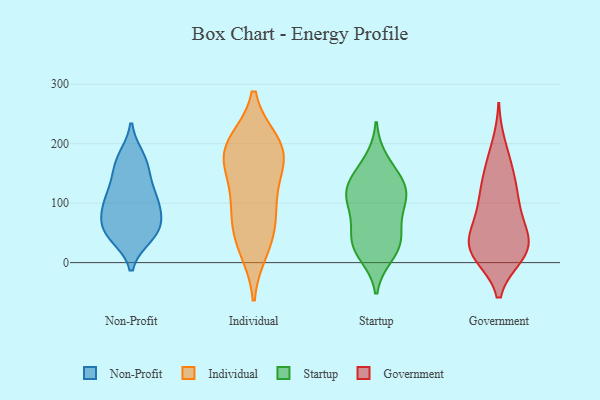
{"axis": {"x": "Net Income (USD K)", "y": "Value"}, "legend": ["Government", "Individual", "Non-Profit", "Startup"], "data": [{"x": "", "y": 116, "type": "Non-Profit"}, {"x": "", "y": 173, "type": "Non-Profit"}, {"x": "", "y": 53, "type": "Non-Profit"}, {"x": "", "y": 67, "type": "Non-Profit"}, {"x": "", "y": 45, "type": "Non-Profit"}, {"x": "", "y": 114, "type": "Non-Profit"}, {"x": "", "y": 161, "type": "Non-Profit"}, {"x": "", "y": 44, "type": "Non-Profit"}, {"x": "", "y": 93, "type": "Non-Profit"}, {"x": "", "y": 177, "type": "Non-Profit"}, {"x": "", "y": 67, "type": "Non-Profit"}, {"x": "", "y": 53, "type": "Non-Profit"}, {"x": "", "y": 95, "type": "Non-Profit"}, {"x": "", "y": 142, "type": "Non-Profit"}, {"x": "", "y": 101, "type": "Non-Profit"}, {"x": "", "y": 199, "type": "Individual"}, {"x": "", "y": 25, "type": "Individual"}, {"x": "", "y": 101, "type": "Individual"}, {"x": "", "y": 44, "type": "Individual"}, {"x": "", "y": 191, "type": "Individual"}, {"x": "", "y": 67, "type": "Individual"}, {"x": "", "y": 116, "type": "Individual"}, {"x": "", "y": 174, "type": "Individual"}, {"x": "", "y": 178, "type": "Individual"}, {"x": "", "y": 188, "type": "Individual"}, {"x": "", "y": 30, "type": "Startup"}, {"x": "", "y": 96, "type": "Startup"}, {"x": "", "y": 13, "type": "Startup"}, {"x": "", "y": 171, "type": "Startup"}, {"x": "", "y": 83, "type": "Startup"}, {"x": "", "y": 121, "type": "Startup"}, {"x": "", "y": 129, "type": "Startup"}, {"x": "", "y": 122, "type": "Startup"}, {"x": "", "y": 112, "type": "Startup"}, {"x": "", "y": 26, "type": "Startup"}, {"x": "", "y": 53, "type": "Startup"}, {"x": "", "y": 146, "type": "Startup"}, {"x": "", "y": 38, "type": "Startup"}, {"x": "", "y": 42, "type": "Government"}, {"x": "", "y": 22, "type": "Government"}, {"x": "", "y": 12, "type": "Government"}, {"x": "", "y": 14, "type": "Government"}, {"x": "", "y": 13, "type": "Government"}, {"x": "", "y": 163, "type": "Government"}, {"x": "", "y": 113, "type": "Government"}, {"x": "", "y": 12, "type": "Government"}, {"x": "", "y": 109, "type": "Government"}, {"x": "", "y": 134, "type": "Government"}, {"x": "", "y": 30, "type": "Government"}, {"x": "", "y": 36, "type": "Government"}, {"x": "", "y": 52, "type": "Government"}, {"x": "", "y": 198, "type": "Government"}, {"x": "", "y": 80, "type": "Government"}, {"x": "", "y": 99, "type": "Government"}, {"x": "", "y": 61, "type": "Government"}, {"x": "", "y": 157, "type": "Government"}]}